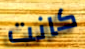
كانت